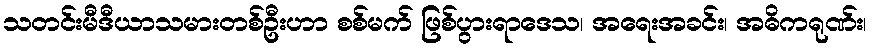
သတင်းမီဒီယာသမားတစ်ဦးဟာ စစ်မက် ဖြစ်ပွားရာဒေသ၊ အရေးအခင်း၊ အဓိကရုဏ်း၊